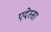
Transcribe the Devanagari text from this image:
एदेस्सा